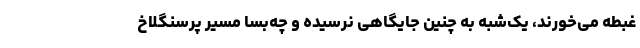
غبطه می‌خورند، یک‌شبه به چنین جایگاهی نرسیده و چه‌بسا مسیر پرسنگلاخ